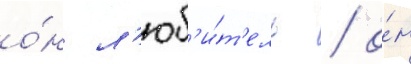
о́н л'юб'и́т'ель / о́н